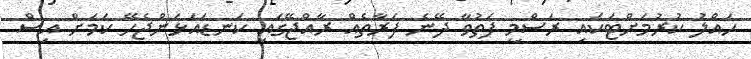
ހައްލު ކުރުމަށްޓަކައި ރަސްމީ ފަތުވާ ދޭނެ ފަރާތެއް ރާއްޖޭގައި ކަނޑައަޅަންޖެހޭ ކަމަށް އިސް